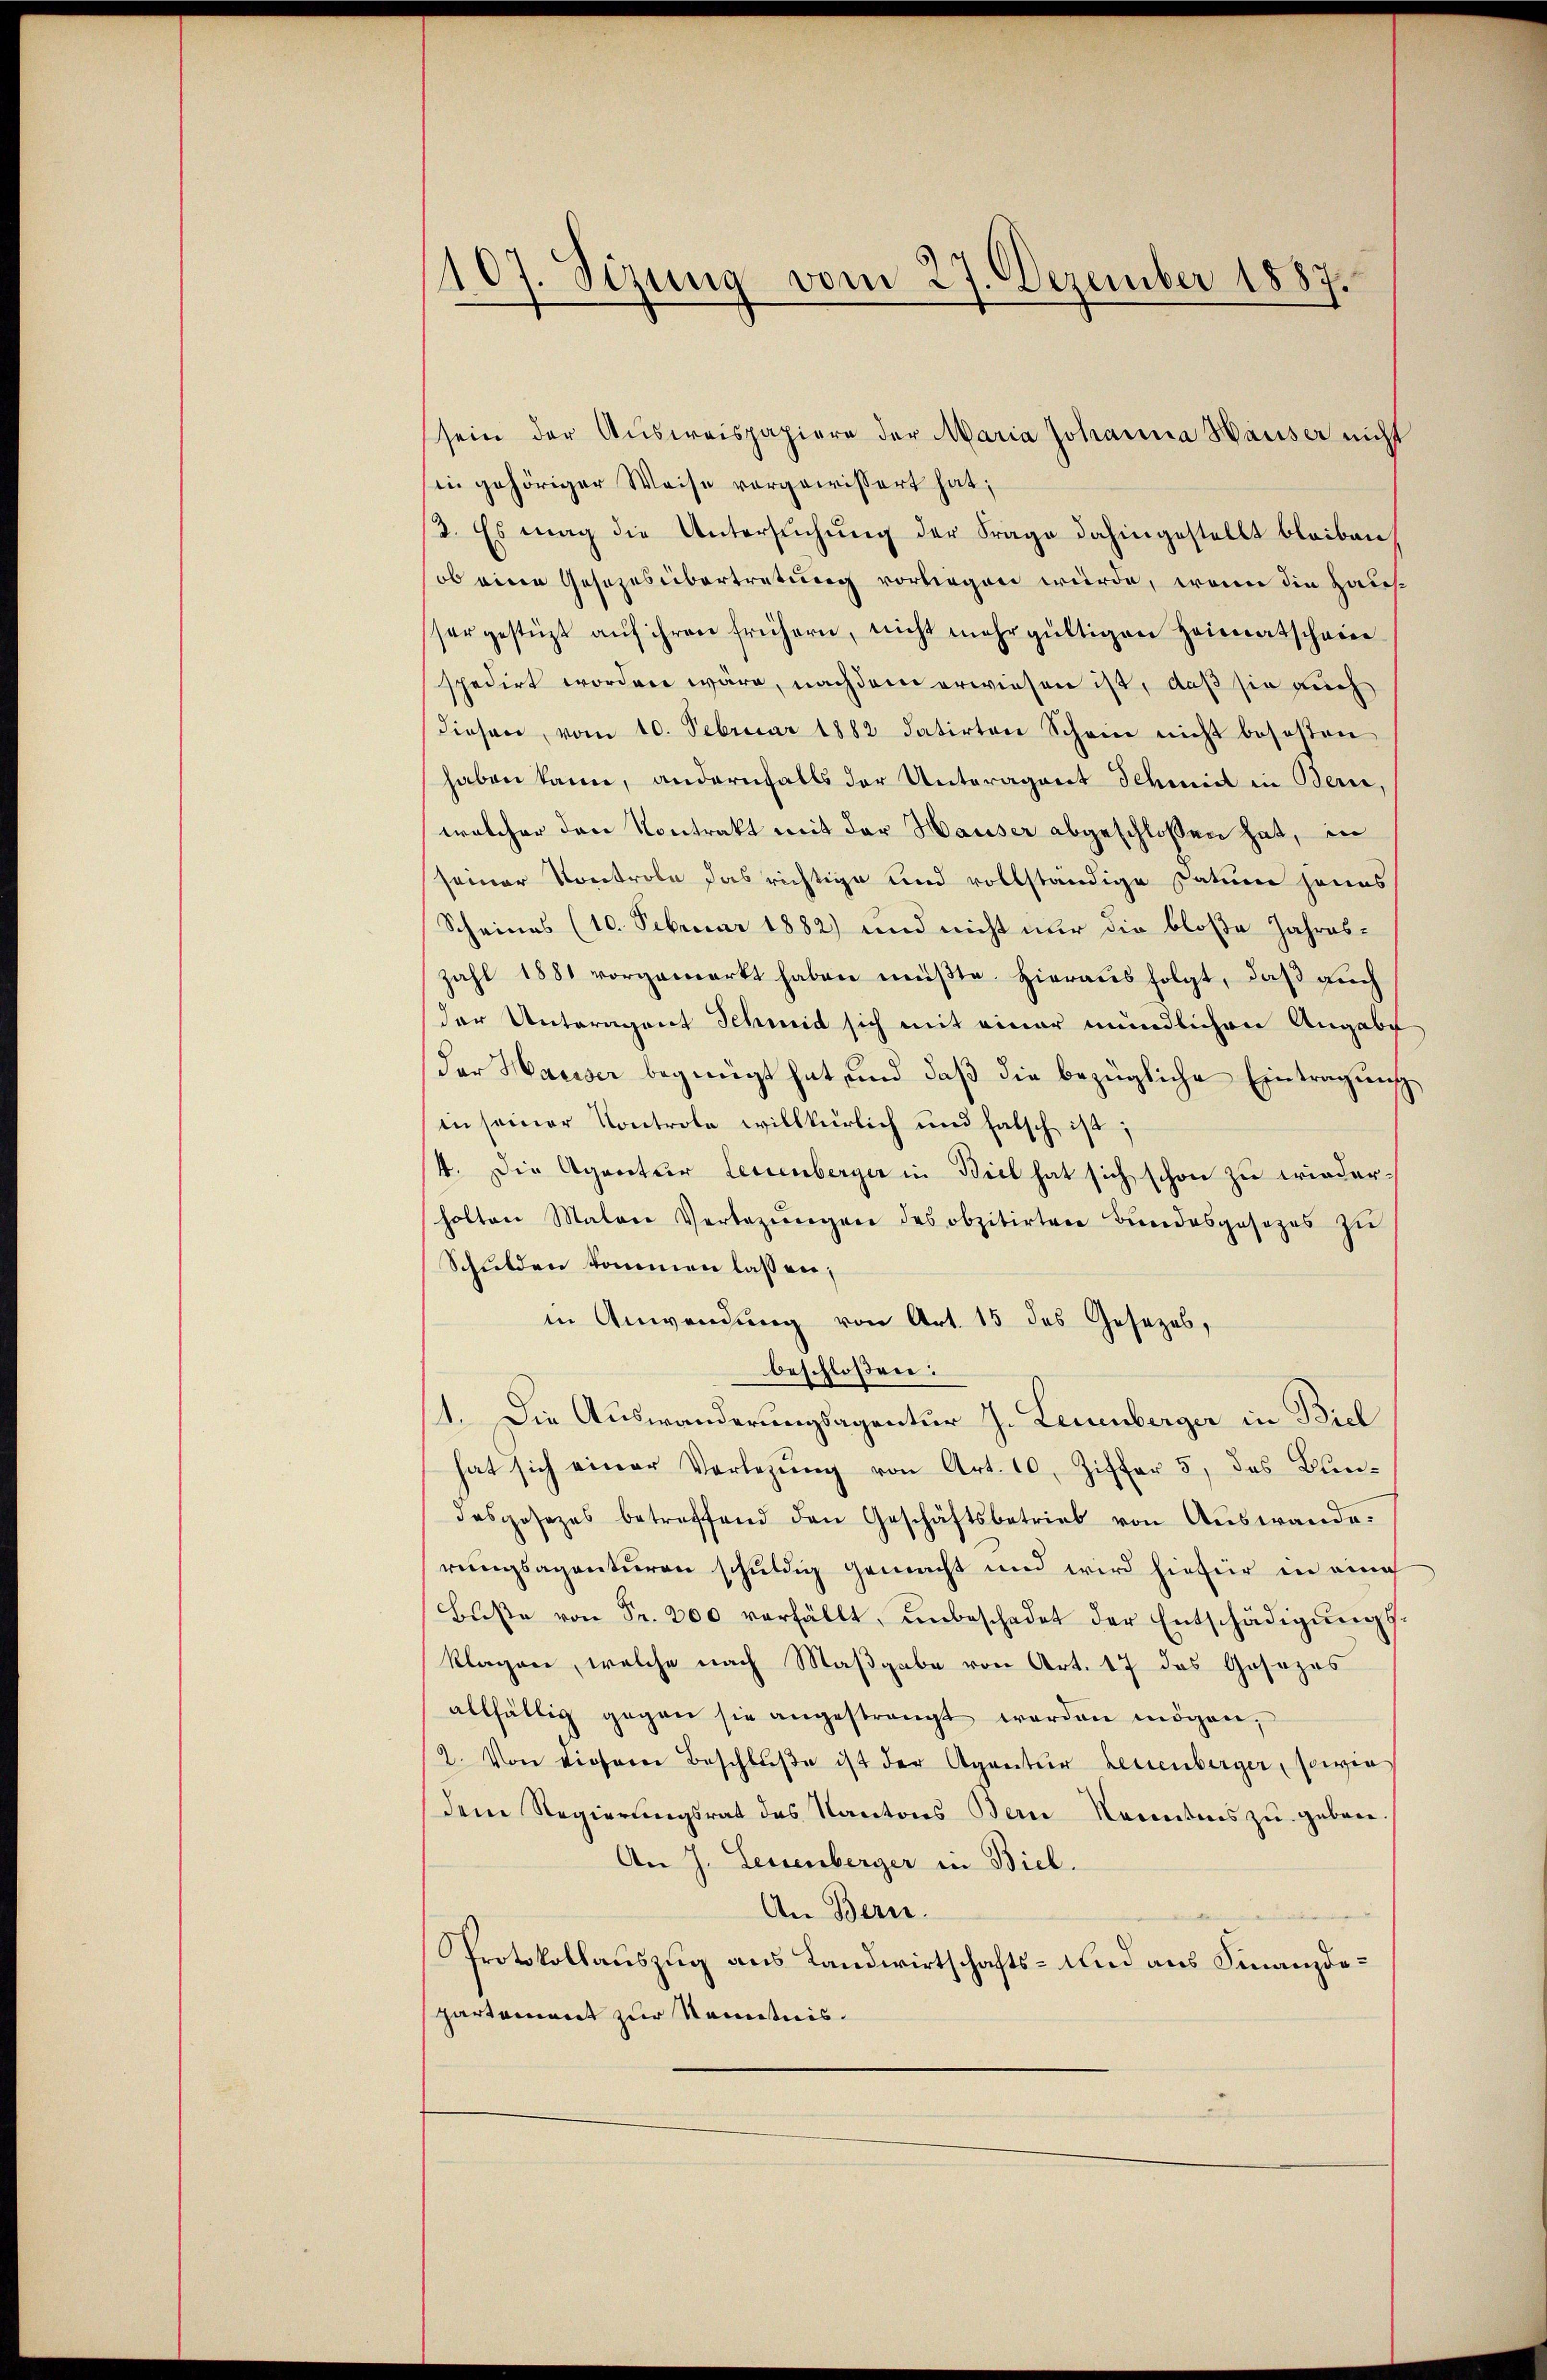
1107. Sizung vom 27. Dezember 1887.

sein der Aŭsweispapiere der Maria Johanna Häuser nicht
in gehöriger Weise vorgewissert hat;
3. Es mag die Untersuchung der Frage dahingestellt bleiben
ob eine Gesezesübertretung vorliegen wurde, wenn die Haus-
sser gestüzt aŭf ihren frühern, nicht mehr gültigen Heimatscheine
spedirt worden wäre, nachdem erwiesen ist, daß sie auch
diesen, vom 10. Februar 1882 datirten Schein nicht besosten
haben kann, andernfalls der Unteragnet Schmidl in Beri
welcher den Kontrakt mit der Hauser abgeschlossen hat, in
seiner Vortrobe das richtige und vollständige Datum hanas
Scheines (10. Februar 1882) und nicht nur die bloße Jahreszahl 1881 vorgemerkt haben müβte. Hieraus folgt, daß auch
der Unteragent Schmid sich mit einer mündlichen Angabe
der Hauser begnügt hat, und daß die bezügliche Eintragung
in seiner Kontrole willkürlich und falsch ist;
4. Die Agentur Leuenberger in Biel hat sich schon zu wiederholten Malere Verbezungen des obzitirten Bundesgesezes zu
Schulden kommen lassen;
in Anwendung von Art. 15 des Gesezes,
beschloßen:
1. Die Auswanderungsagentur J. Leuenberger in Biel
hat sich einer Vorlegŭng von Art. 10. Ziffer 5, das Blin-
desgesezes betreffend den Geschäftsbetrieb von Auswande.
rungsagenturen schuldig gemacht und wird hiefür in eine
Bŭβe von Fr. 200 verfällt, ŭnbeschadet der Entschädigŭngs-
klagen, welche nach Maßgabe von Art. 17 das Gesezes
allfällig gegen sie angestrangt werden mögen,
2. Von dieser Beschlŭβe ist der Agentur Leuenberger, sowie
dem Regierungsrat des Kantons Bern Kenntnis zu geben
An J. Leuenberger in Biel.
An Bern.
Protokollauszug aus Landwirtschafts- und aus Finanzdepartement zur Kenntnis.